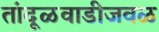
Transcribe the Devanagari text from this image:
तांदूळवाडीजवळ